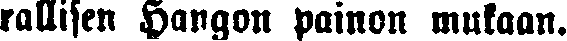
rallisen Hangon painon mukaan.